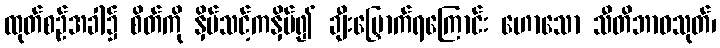
ထုတ်စဉ်အခါ၌ စိတ်ကို နှိပ်သင့်ကနှိပ်၍ ချီးမြှောက်ရကြောင်း ဟောသော သီတိဘာဝသုတ်၊